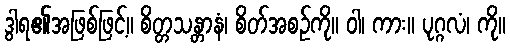
ဒွါရ၏အဖြစ်ဖြင့်။ စိတ္တသန္တာနံ၊ စိတ်အစဉ်ကို။ ဝါ၊ ကား။ ပုဂ္ဂလံ၊ ကို။